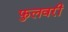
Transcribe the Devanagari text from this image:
फुलवरी